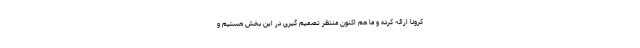
کرونا ارائه کرده و ما هم اکنون منتظر تصمیم گیری در این بخش هستیم و